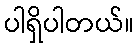
ပါရှိပါတယ်။